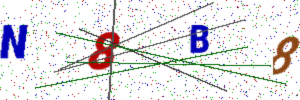
Text: N8B8